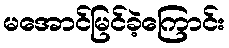
မအောင်မြင်ခဲ့ကြောင်း